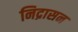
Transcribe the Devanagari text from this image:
निद्रासन